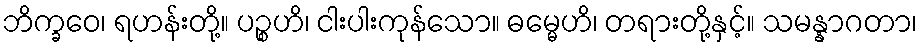
ဘိက္ခဝေ၊ ရဟန်းတို့။ ပဉ္စဟိ၊ ငါးပါးကုန်သော။ ဓမ္မေဟိ၊ တရားတို့နှင့်။ သမန္နာဂတာ၊